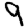
Digit: 9